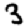
Digit: 3